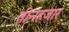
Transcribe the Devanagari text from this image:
तीनहजार